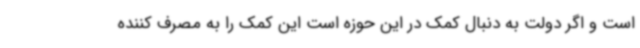
است و اگر دولت به دنبال کمک در این حوزه است این کمک را به مصرف کننده